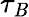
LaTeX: \tau_{\mathit{B}}